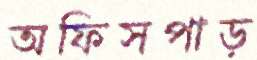
অফিসপাড়